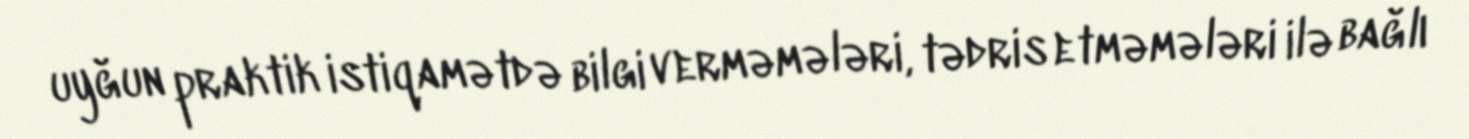
uyğun praktik istiqamətdə bilgi verməmələri, tədris etməmələri ilə bağlı